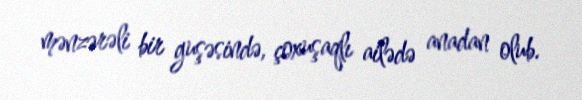
mənzərəli bir guşəsində, çoxuşaqlı ailədə anadan olub.